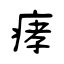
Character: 痚